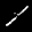
Label: 1